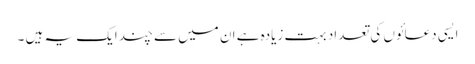
ایسی دعائوں کی تعداد بہت زیادہ ہے ان میں سے چند ایک یہ ہیں ۔